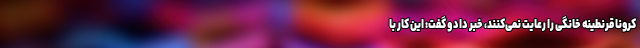
کرونا قرنطینه خانگی را رعایت نمی‌کنند، خبر داد و گفت: این کار با